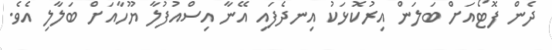
ދެން ފޮޓޯއަށް ބަލަން އިރުކޮޅަކު އިނދެފައި އޭނާ އިސްއުފުލާ ޔޫހާއަށް ބަލާލި އެވެ.